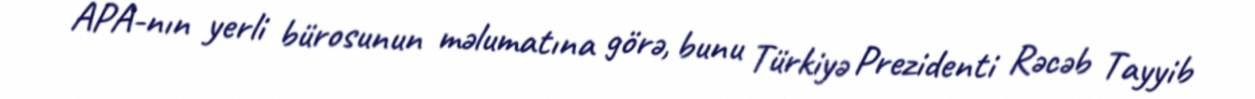
APA-nın yerli bürosunun məlumatına görə, bunu Türkiyə Prezidenti Rəcəb Tayyib